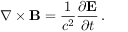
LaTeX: \nabla \times \mathbf { B } = { \frac { 1 } { c ^ { 2 } } } { \frac { \partial \mathbf { E } } { \partial t } } \, .